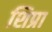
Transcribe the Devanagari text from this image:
शिप्रा